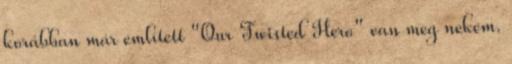
korábban már említett "Our Twisted Hero" van meg nekem.